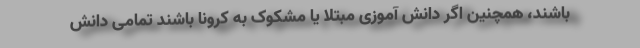
باشند، همچنین اگر دانش آموزی مبتلا یا مشکوک به کرونا باشند تمامی دانش